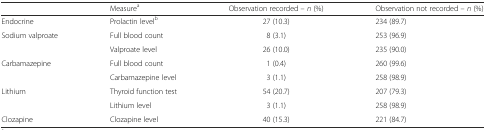
|  | Measurea | Observation recorded – n (%) | Observation not recorded – n (%) |
 | --- | --- | --- | --- |
 | Endocrine | Prolactin levelb | 27 (10.3) | 234 (89.7) |
 | Sodium valproate | Full blood count | 8 (3.1) | 253 (96.9) |
 |  | Valproate level | 26 (10.0) | 235 (90.0) |
 | Carbamazepine | Full blood count | 1 (0.4) | 260 (99.6) |
 |  | Carbamazepine level | 3 (1.1) | 258 (98.9) |
 | Lithium | Thyroid function test | 54 (20.7) | 207 (79.3) |
 |  | Lithium level | 3 (1.1) | 258 (98.9) |
 | Clozapine | Clozapine level | 40 (15.3) | 221 (84.7) |